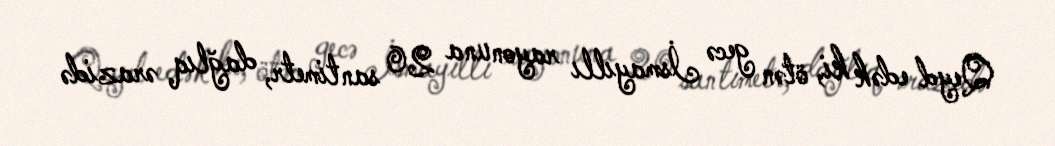
Qeyd edək ki, ötən gecə İsmayıllı rayonuna 20 santimetr, dağlıq ərazidə